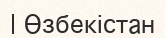
| Өзбекістан